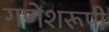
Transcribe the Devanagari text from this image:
गणेशरूपी